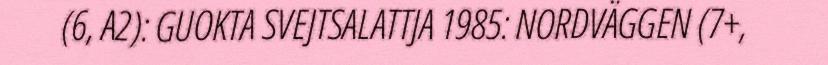
(6, A2): GUOKTA SVEJTSALATTJA 1985: NORDVÄGGEN (7+,